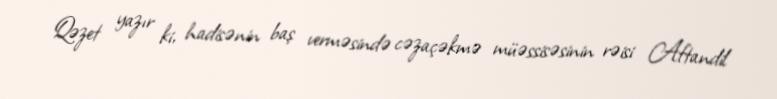
Qəzet yazır ki, hadisənin baş verməsində cəzaçəkmə müəssisəsinin rəisi Aftandil